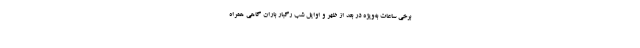
برخی ساعات به‌ویژه در بعد از ظهر و اوایل شب رگبار باران گاهی همراه